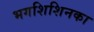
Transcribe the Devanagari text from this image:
भगशिशिनका